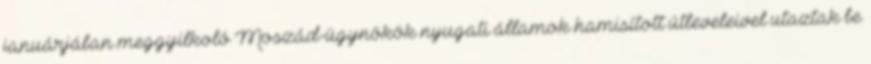
januárjában meggyilkoló Moszád-ügynökök nyugati államok hamisított útleveleivel utaztak be